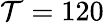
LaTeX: \mathcal{T}=120